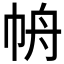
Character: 𱜥